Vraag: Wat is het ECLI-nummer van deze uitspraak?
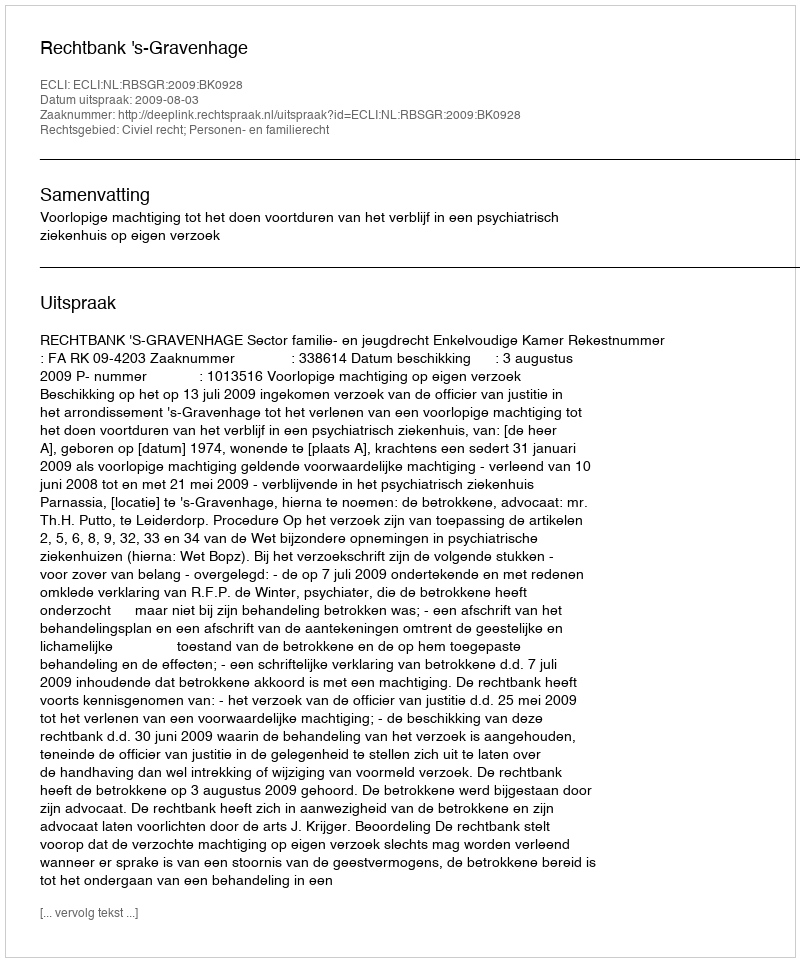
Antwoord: ECLI:NL:RBSGR:2009:BK0928